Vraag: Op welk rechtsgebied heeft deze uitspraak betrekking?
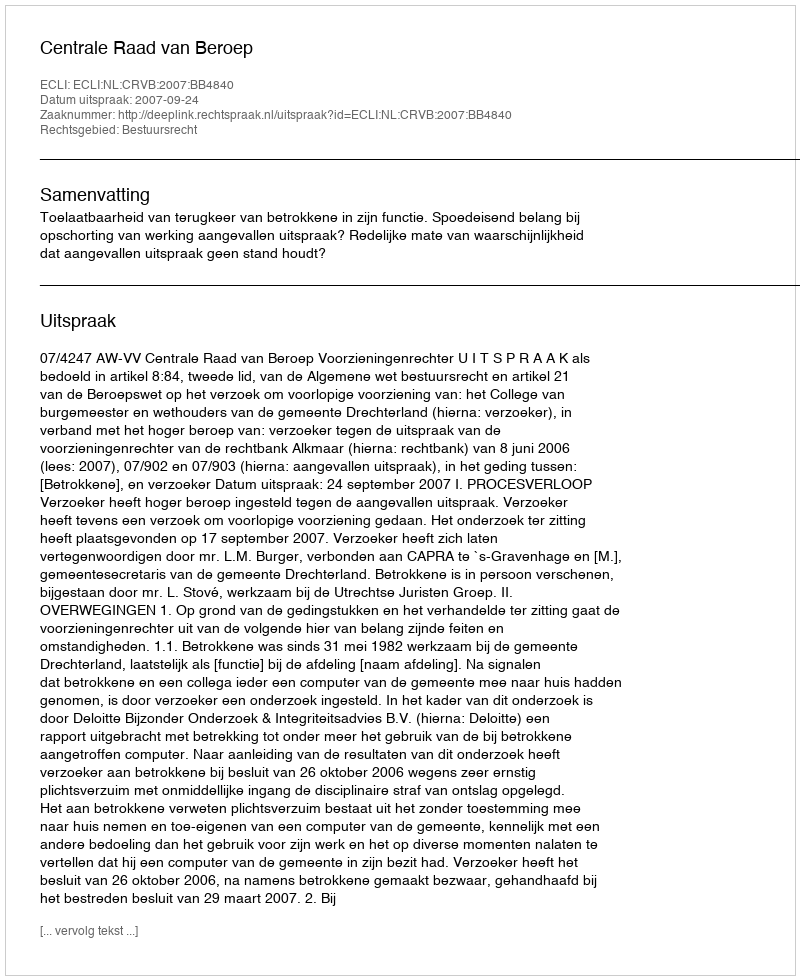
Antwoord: Bestuursrecht